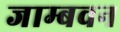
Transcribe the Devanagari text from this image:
जाम्बवन